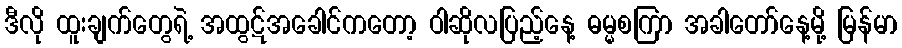
ဒီလို ထူးချက်တွေရဲ့ အထွဋ်အခေါင်ကတော့ ဝါဆိုလပြည့်နေ့ ဓမ္မစကြာ အခါတော်နေ့မို့ မြန်မာ